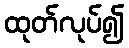
ထုတ်လုပ်၍